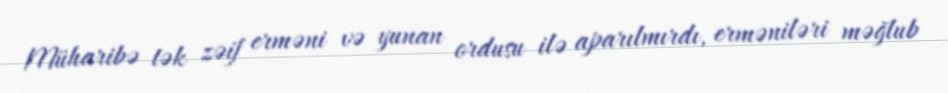
Müharibə tək zəif erməni və yunan ordusu ilə aparılmırdı, erməniləri məğlub